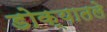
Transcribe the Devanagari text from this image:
डोक्यातले